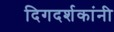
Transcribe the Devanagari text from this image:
दिगदर्शकांनी